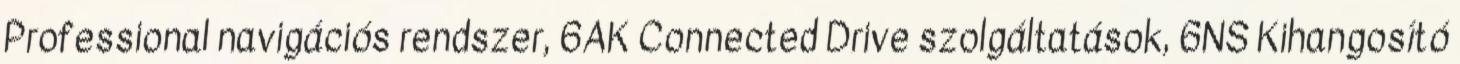
Professional navigációs rendszer, 6AK Connected Drive szolgáltatások, 6NS Kihangosító